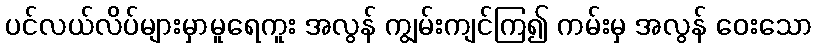
ပင်လယ်လိပ်များမှာမူရေကူး အလွန် ကျွမ်းကျင်ကြ၍ ကမ်းမှ အလွန် ဝေးသော